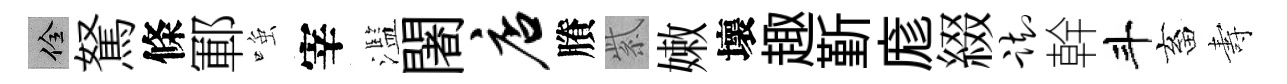
佺駑條鄆𫪻宰濫闍店賸紫嫩壞趣斳庬綴踟幹斗畜夀